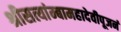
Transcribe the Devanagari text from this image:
श्रीसत्यांम्बामहादेवीपूजनं